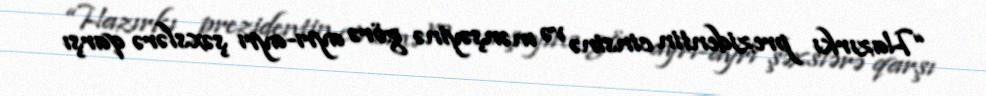
“Hazırkı prezidentin cinsinə və mənşəyinə görə ayrı-ayrı şəxslərə qarşı